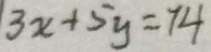
3 x + 5 y = 7 4